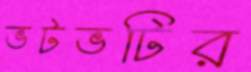
ভটভটির